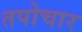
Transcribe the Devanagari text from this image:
तपोचार